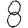
Digit: 8